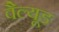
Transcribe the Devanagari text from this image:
वैल्यूड